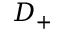
D _ { + }